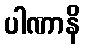
ပါဏာနိ